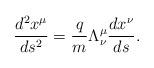
LaTeX: \begin{align*}\frac{d^2x^\mu}{ds^2}=\frac{q}{m}\Lambda_\nu^\mu\frac{dx^\nu}{ds}.\end{align*}